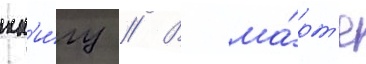
кн'и́гу // В ма́рт'е